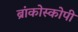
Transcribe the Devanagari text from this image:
ब्रांकोस्कोपी